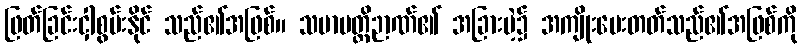
ဖြတ်ခြင်းငှါစွမ်းနိုင် သည်၏အဖြစ်။ သမာပတ္တိဉာဏ်၏ အခြားမဲ့၌ အကျိုးပေးတတ်သည်၏အဖြစ်ကို